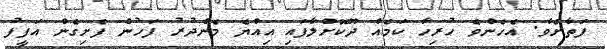
ފަތާށެވެ. އެހެންވެ ހުރިހާ ކަމެއް ދޫކޮށްލާފައި އިއްޔެ މެންދުރު ފަހުން ފެށިގެން އަފީފު